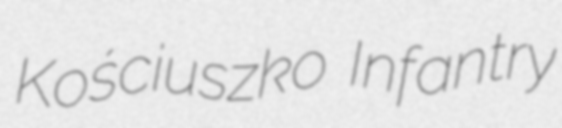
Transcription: Kościuszko Infantry